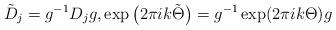
LaTeX: \begin{gather*}\tilde{D}_j=g^{-1}D_j g, \exp\big(2\pi i k \tilde{\Theta}\big)=g^{-1}\exp(2\pi i k \Theta)g\end{gather*}